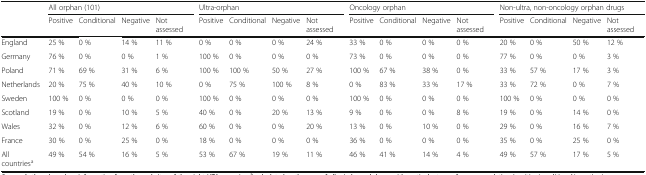
<table><thead><tr><td rowspan="2"></td><td colspan="4"><b>All orphan (101)</b></td><td colspan="4"><b>Ultra-orphan</b></td><td colspan="4"><b>Oncology orphan</b></td><td colspan="4"><b>Non-ultra, non-oncology orphan drugs</b></td></tr><tr><td><b>Positive</b></td><td><b>Conditional</b></td><td><b>Negative</b></td><td><b>Not assessed</b></td><td><b>Positive</b></td><td><b>Conditional</b></td><td><b>Negative</b></td><td><b>Not assessed</b></td><td><b>Positive</b></td><td><b>Conditional</b></td><td><b>Negative</b></td><td><b>Not assessed</b></td><td><b>Positive</b></td><td><b>Conditional</b></td><td><b>Negative</b></td><td><b>Not assessed</b></td></tr></thead><tbody><tr><td>England</td><td>25 %</td><td>0 %</td><td>14 %</td><td>11 %</td><td>0 %</td><td>0 %</td><td>0 %</td><td>24 %</td><td>33 %</td><td>0 %</td><td>0 %</td><td>0 %</td><td>20 %</td><td>0 %</td><td>50 %</td><td>12 %</td></tr><tr><td>Germany</td><td>76 %</td><td>0 %</td><td>0 %</td><td>1 %</td><td>100 %</td><td>0 %</td><td>0 %</td><td>0 %</td><td>73 %</td><td>0 %</td><td>0 %</td><td>0 %</td><td>77 %</td><td>0 %</td><td>0 %</td><td>3 %</td></tr><tr><td>Poland</td><td>71 %</td><td>69 %</td><td>31 %</td><td>6 %</td><td>100 %</td><td>100 %</td><td>50 %</td><td>27 %</td><td>100 %</td><td>67 %</td><td>38 %</td><td>0 %</td><td>33 %</td><td>57 %</td><td>17 %</td><td>3 %</td></tr><tr><td>Netherlands</td><td>20 %</td><td>75 %</td><td>40 %</td><td>10 %</td><td>0 %</td><td>75 %</td><td>100 %</td><td>8 %</td><td>0 %</td><td>83 %</td><td>33 %</td><td>17 %</td><td>33 %</td><td>72 %</td><td>0 %</td><td>7 %</td></tr><tr><td>Sweden</td><td>100 %</td><td>0 %</td><td>0 %</td><td>0 %</td><td>100 %</td><td>0 %</td><td>0 %</td><td>0 %</td><td>100 %</td><td>0 %</td><td>0 %</td><td>0 %</td><td>100 %</td><td>0 %</td><td>0 %</td><td>0 %</td></tr><tr><td>Scotland</td><td>19 %</td><td>0 %</td><td>10 %</td><td>5 %</td><td>40 %</td><td>0 %</td><td>20 %</td><td>13 %</td><td>9 %</td><td>0 %</td><td>0 %</td><td>8 %</td><td>19 %</td><td>0 %</td><td>14 %</td><td>0 %</td></tr><tr><td>Wales</td><td>32 %</td><td>0 %</td><td>12 %</td><td>6 %</td><td>60 %</td><td>0 %</td><td>0 %</td><td>20 %</td><td>13 %</td><td>0 %</td><td>10 %</td><td>0 %</td><td>29 %</td><td>0 %</td><td>16 %</td><td>7 %</td></tr><tr><td>France</td><td>30 %</td><td>0 %</td><td>25 %</td><td>0 %</td><td>18 %</td><td>0 %</td><td>0 %</td><td>0 %</td><td>36 %</td><td>0 %</td><td>0 %</td><td>0 %</td><td>35 %</td><td>0 %</td><td>25 %</td><td>0 %</td></tr><tr><td>All countries<sup>a</sup></td><td>49 %</td><td>54 %</td><td>16 %</td><td>5 %</td><td>53 %</td><td>67 %</td><td>19 %</td><td>11 %</td><td>46 %</td><td>41 %</td><td>14 %</td><td>4 %</td><td>49 %</td><td>57 %</td><td>17 %</td><td>5 %</td></tr></tbody></table>